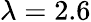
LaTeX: \lambda=2.6